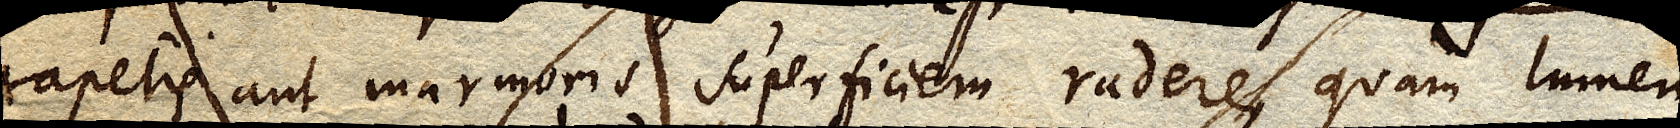
tapetis aut marmoris superficiem radere, quam lumen